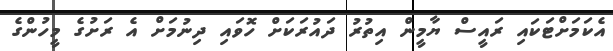
އެކަމަށްޓަކައި ރައީސް ޔާމީން އިތުރު ދައުރަކަށް ހޮވައި ދިނުމަށް އެ ރަށުގެ މީހުންގެ